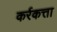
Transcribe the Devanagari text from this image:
कर्रकत्ता